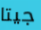
جيتا